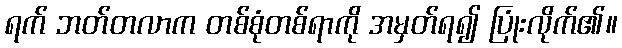
ရက် ဘတ်တလာက တစ်စုံတစ်ရာကို အမှတ်ရ၍ ပြုံးလိုက်၏။